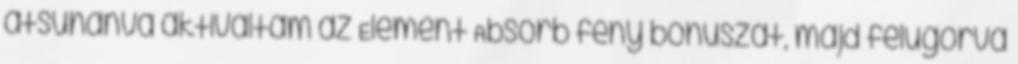
átsuhanva aktiváltam az Element Absorb fény bónuszát, majd felugorva